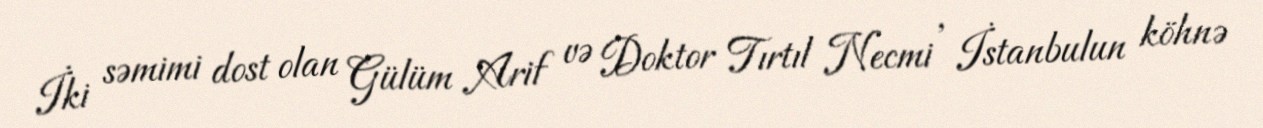
İki səmimi dost olan Gülüm Arif və Doktor Tırtıl Necmi , İstanbulun köhnə